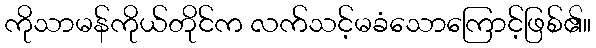
ကိုသာမန်ကိုယ်တိုင်က လက်သင့်မခံသောကြောင့်ဖြစ်၏။